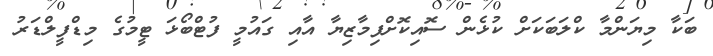
ބަކާ މިޔަންމާ ކްލަބަކަށް ކުޅެން ސޮއިކޮށްފިމާޒިޔާ އާއި ގައުމީ ފުޓްބޯޅަ ޓީމުގެ މިޑްފީލްޑަރު